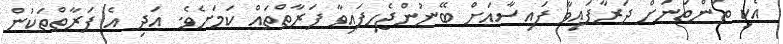
އެކި ތަންތަނަށް ދަރާފައިވާ ފައިސާއަށް ބޭނުންޖެހިފައިވާ ފަރާތްތައް ކަމަށެވެ. އަދި އެ ފަރާތްތަކުން